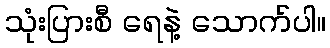
သုံးပြားစီ ရေနဲ့ သောက်ပါ။